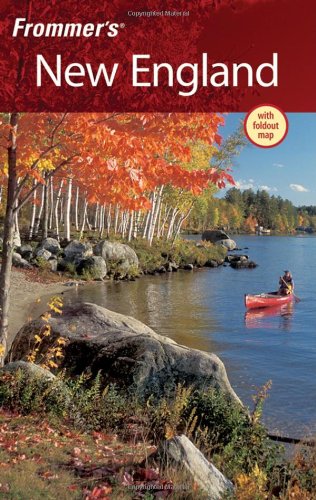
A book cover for Frommer's New England (Frommer's Complete Guides); Paul Karr; Travel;